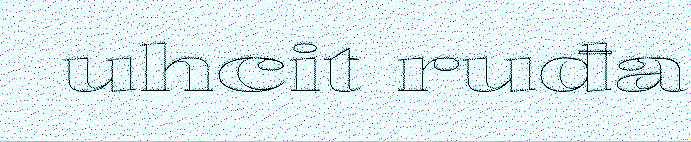
uhcit ruđa